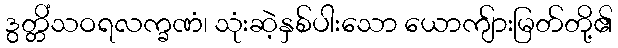
ဒွတ္တိံသဝရလက္ခဏံ၊ သုံးဆဲ့နှစ်ပါးသော ယောကျ်ားမြတ်တို့၏